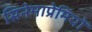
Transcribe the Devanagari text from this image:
सिनेमाप्रेमियों